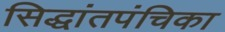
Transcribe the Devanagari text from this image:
सिद्धांतपंचिका